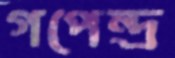
গপেন্দ্র